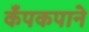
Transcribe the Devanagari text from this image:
कँपकपाने